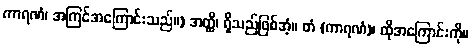
ကာရဏံ၊ အကြင်အကြောင်းသည်။) အတ္ထိ၊ ရှိသည်ဖြစ်အံ့။ တံ (ကာရဏံ)၊ ထိုအကြောင်းကို။